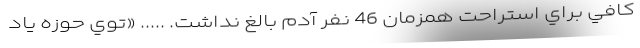
كافي براي استراحت همزمان 46 نفر آدم بالغ نداشت. ..... «توي حوزه ياد